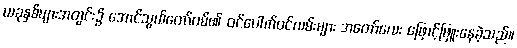
ယခုနှစ်များအတွင်း၌ အောင်သွယ်တော်ဝမ်၏ ဝင်ပေါက်ဝင်လမ်းများ အတော်လေး ဖြောင့်ဖြူးနေခဲ့သည်။